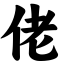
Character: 佬